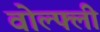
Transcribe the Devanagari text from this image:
वोल्फ्ली